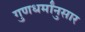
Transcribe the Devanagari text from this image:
गुणधर्मांनुसार